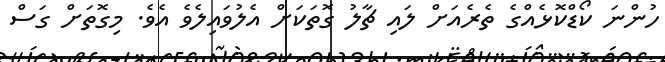
ހުންނަ ކޯޑްކޮޅެއްގެ ތެރެއަށް ލައި ޗާލު ގޮތަކަށް އެލުވައިލެވެ އެވެ. މިގޮތަށް ގަސް